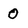
Character: 0